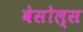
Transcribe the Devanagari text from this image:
वेसोल्स